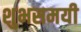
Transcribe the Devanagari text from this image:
शुभसमयी